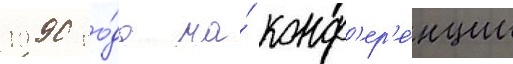
1990 го́да на́ конф'ер'е́нции